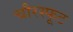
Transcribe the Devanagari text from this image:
चौरस्फूट